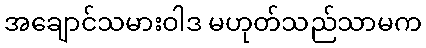
အချောင်သမားဝါဒ မဟုတ်သည်သာမက